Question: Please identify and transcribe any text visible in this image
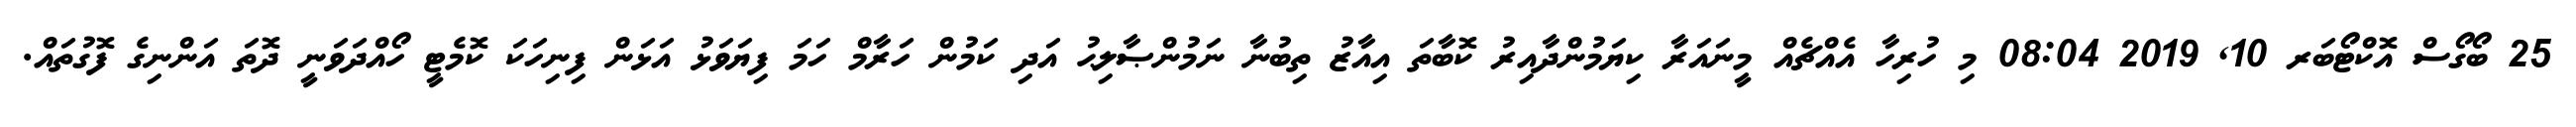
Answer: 25 ބޯގޯސް އޮކްޓޯބަރ 10, 2019 08:04 މި ހުރިހާ އެއްޗެއް މީނައަރާ ކިޔަމުންދާއިރު ކޮބާތަ އިއާޒު ތިބުނާ ނަމުންޞާލިޙު އަދި ކަމުން ހަރާމް ހަމަ ފިޔަވަޅު އަޅަން ފިނިހަކަ ކޮމެޓީ ހޯއްދަވަނީ ދޮތަ އަންނިގެ ފޮގުތައް.